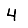
Digit: 4